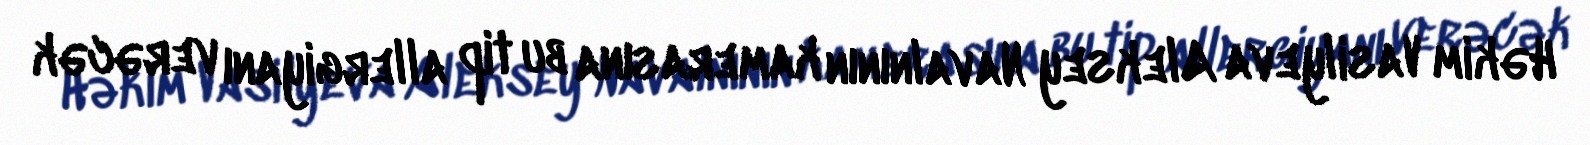
Həkim Vasilyeva Aleksey Navalnının kamerasına bu tip allergiyanı verəcək